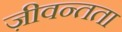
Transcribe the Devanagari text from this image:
ज़ीवन्तता